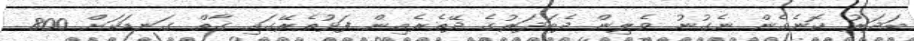
ބަދަރު ކޮނެގެން ނެގުނު ވެލިން ދެބަދަރުގެ ދޭތެރެއިން ފަޅުތެރޭގައި ގާތް ގަނޑަކަށް 800